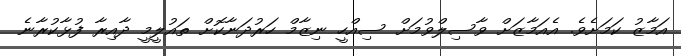
އަމާޒު ކަމަށެވެ. އެއަމާޒަށް ވާސިލްވުމަށް ސިއްހީ ނިޒާމް ހަރުދަނާކޮށް ތައުލީމީ ދާއިރާ ފުޅާކުރާނެ